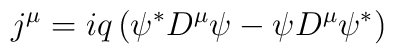
j^{\mu }=iq\left( \psi ^{\ast }D^{\mu }\psi -\psi D^{\mu }\psi ^{\ast}\right)